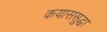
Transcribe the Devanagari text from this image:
कयाससुद्धा